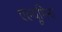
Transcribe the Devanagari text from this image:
एल्यूमिना